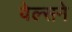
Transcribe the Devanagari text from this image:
वेल्सने